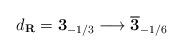
LaTeX: \begin{align*}d_{\bf R}={\bf 3}_{-1/3} \longrightarrow \overline {\bf 3}_{-1/6}\end{align*}